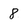
Character: 8